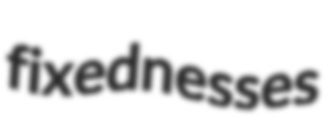
fixednesses